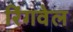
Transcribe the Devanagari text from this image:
रिंगवेल